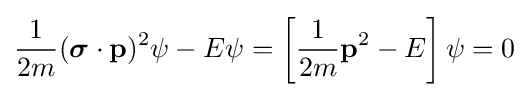
{\frac {1}{2m}}({\boldsymbol {\sigma }}\cdot \mathbf {p} )^{2}\psi -E\psi =\left[{\frac {1}{2m}}\mathbf {p} ^{2}-E\right]\psi =0